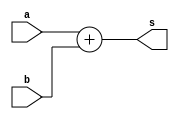
module add48(a,b,s);
input [47:0]a,b;
output [47:0]s;

assign s=a+b;

endmodule